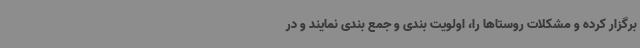
برگزار کرده و مشکلات روستاها را، اولویت بندی و جمع بندی نمایند و در